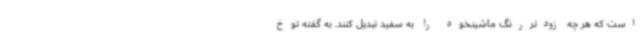
است که هر چه زودتررنگ ماشینخود را به سفید تبدیل کنند. به گفته توخ